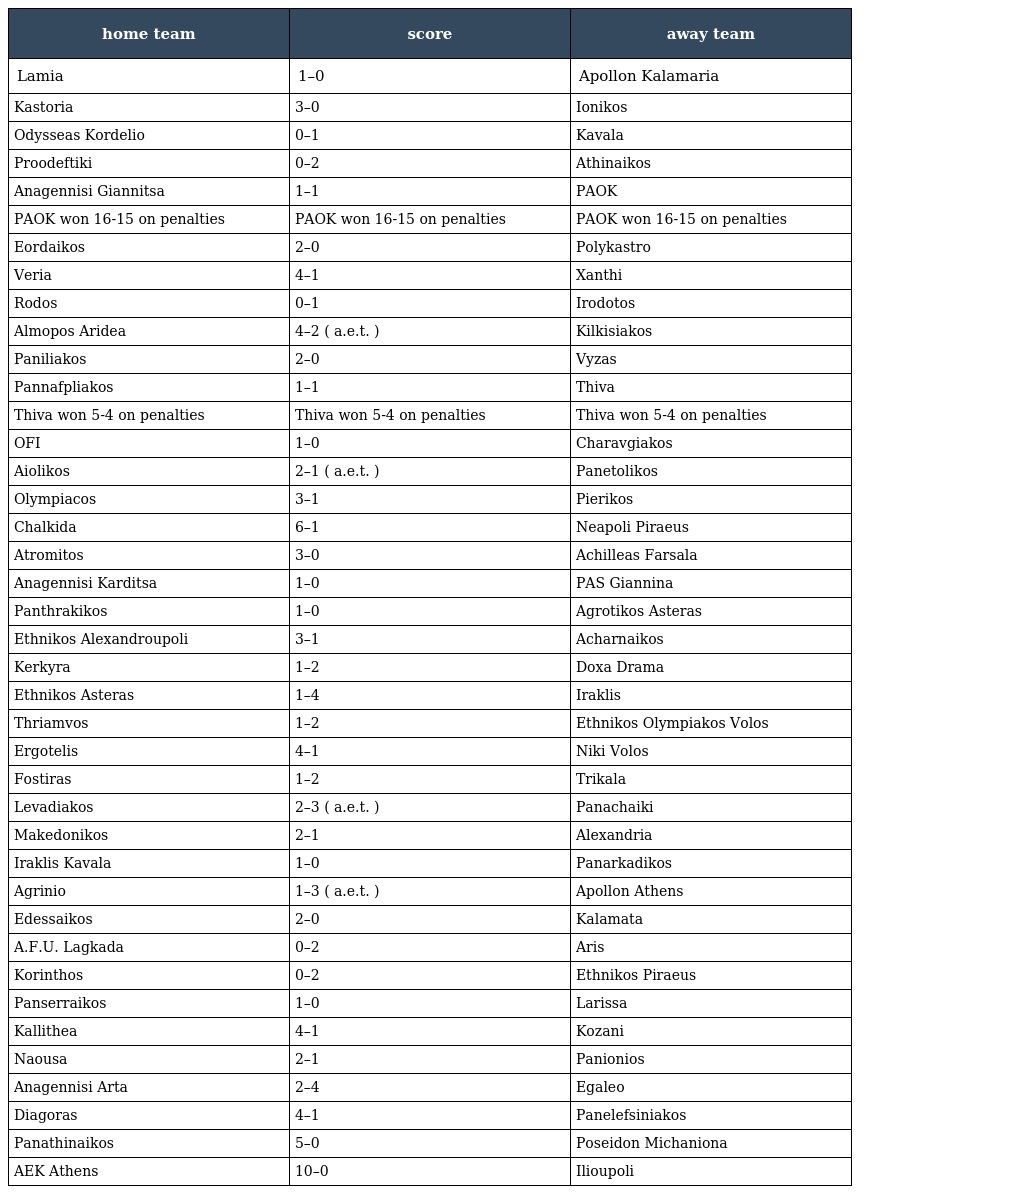
| home team | score | away team |
 | --- | --- | --- |
 | Lamia | 1–0 | Apollon Kalamaria |
 | Kastoria | 3–0 | Ionikos |
 | Odysseas Kordelio | 0–1 | Kavala |
 | Proodeftiki | 0–2 | Athinaikos |
 | Anagennisi Giannitsa | 1–1 | PAOK |
 | PAOK won 16-15 on penalties | PAOK won 16-15 on penalties | PAOK won 16-15 on penalties |
 | Eordaikos | 2–0 | Polykastro |
 | Veria | 4–1 | Xanthi |
 | Rodos | 0–1 | Irodotos |
 | Almopos Aridea | 4–2 ( a.e.t. ) | Kilkisiakos |
 | Paniliakos | 2–0 | Vyzas |
 | Pannafpliakos | 1–1 | Thiva |
 | Thiva won 5-4 on penalties | Thiva won 5-4 on penalties | Thiva won 5-4 on penalties |
 | OFI | 1–0 | Charavgiakos |
 | Aiolikos | 2–1 ( a.e.t. ) | Panetolikos |
 | Olympiacos | 3–1 | Pierikos |
 | Chalkida | 6–1 | Neapoli Piraeus |
 | Atromitos | 3–0 | Achilleas Farsala |
 | Anagennisi Karditsa | 1–0 | PAS Giannina |
 | Panthrakikos | 1–0 | Agrotikos Asteras |
 | Ethnikos Alexandroupoli | 3–1 | Acharnaikos |
 | Kerkyra | 1–2 | Doxa Drama |
 | Ethnikos Asteras | 1–4 | Iraklis |
 | Thriamvos | 1–2 | Ethnikos Olympiakos Volos |
 | Ergotelis | 4–1 | Niki Volos |
 | Fostiras | 1–2 | Trikala |
 | Levadiakos | 2–3 ( a.e.t. ) | Panachaiki |
 | Makedonikos | 2–1 | Alexandria |
 | Iraklis Kavala | 1–0 | Panarkadikos |
 | Agrinio | 1–3 ( a.e.t. ) | Apollon Athens |
 | Edessaikos | 2–0 | Kalamata |
 | A.F.U. Lagkada | 0–2 | Aris |
 | Korinthos | 0–2 | Ethnikos Piraeus |
 | Panserraikos | 1–0 | Larissa |
 | Kallithea | 4–1 | Kozani |
 | Naousa | 2–1 | Panionios |
 | Anagennisi Arta | 2–4 | Egaleo |
 | Diagoras | 4–1 | Panelefsiniakos |
 | Panathinaikos | 5–0 | Poseidon Michaniona |
 | AEK Athens | 10–0 | Ilioupoli |